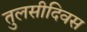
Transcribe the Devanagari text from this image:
तुलसीदिवस